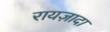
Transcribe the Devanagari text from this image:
रायज़ादा